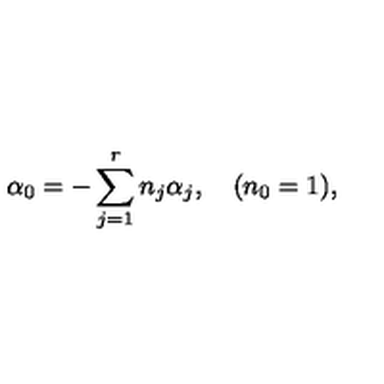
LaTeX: \alpha _ { 0 } = - \sum _ { j = 1 } ^ { r } n _ { j } \alpha _ { j } , \quad ( n _ { 0 } = 1 ) ,